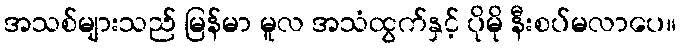
အသစ်များသည် မြန်မာ မူလ အသံထွက်နှင့် ပိုမို နီးစပ်မလာပေ။